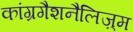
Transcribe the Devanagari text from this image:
कांग्रगैशनैलिज़्म